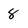
Character: 8